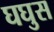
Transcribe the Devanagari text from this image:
घघुस